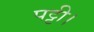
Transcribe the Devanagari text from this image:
पट्टी।